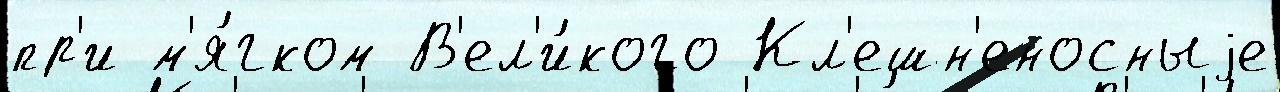
пр'и м'я́гком В'ел'и́кого Кл'ешн'еносныjе